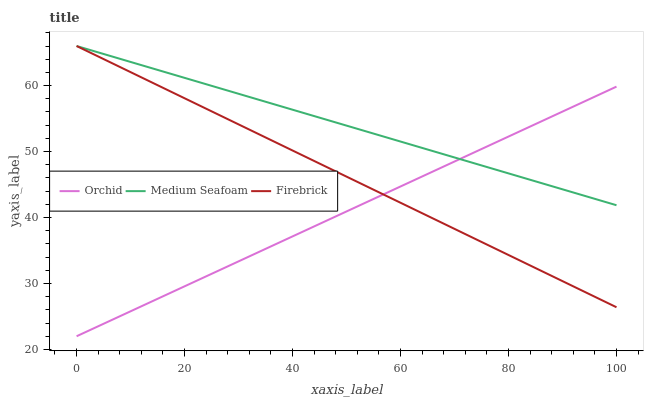
| xaxis_label | Orchid | Medium Seafoam | Firebrick |
 | --- | --- | --- | --- |
 | 0 | 22 | 66 | 66 |
 | 9.09 | 25.4 | 63.8 | 62.4 |
 | 18.2 | 28.9 | 61.6 | 58.8 |
 | 27.3 | 32.3 | 59.4 | 55.2 |
 | 36.4 | 35.8 | 57.2 | 51.6 |
 | 45.5 | 39.2 | 55 | 48 |
 | 54.5 | 42.6 | 52.8 | 44.4 |
 | 63.6 | 46.1 | 50.6 | 40.8 |
 | 72.7 | 49.5 | 48.4 | 37.2 |
 | 81.8 | 53 | 46.3 | 33.6 |
 | 90.9 | 56.4 | 44.1 | 30 |
 | 100 | 59.8 | 41.9 | 26.4 |